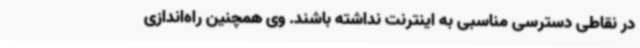
در نقاطی دسترسی مناسبی به اینترنت نداشته باشند. وی همچنین راه‌اندازی